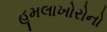
હૂમલાખોરોનો